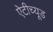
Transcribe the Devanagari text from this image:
ऐटीच्यूड